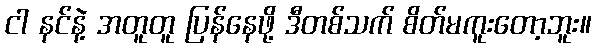
ငါ နင်နဲ့ အတူတူ ပြန်နေဖို့ ဒီတစ်သက် စိတ်မကူးတော့ဘူး။